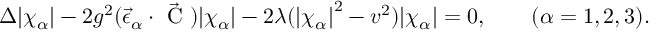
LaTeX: \Delta { | \chi _ { \alpha } | } - 2 g ^ { 2 } ( { \vec { \epsilon } } _ { \alpha } \cdot \vec { \mathrm { \boldmath ~ C ~ } } ) { | \chi _ { \alpha } | } - 2 \lambda ( { | \chi _ { \alpha } | } ^ { 2 } - v ^ { 2 } ) { | \chi _ { \alpha } | } = 0 , \qquad ( \alpha = 1 , 2 , 3 ) .